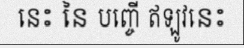
នេះ នៃ បញ្ចើ ឥឡូវនេះ